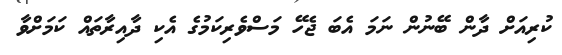
ކުރިއަށް ދާން ބޭނުން ނަމަ އެބަ ޖެހޭ މަސްވެރިކަމުގެ އެކި ދާއިރާތައް ކަމަށްވާ